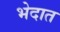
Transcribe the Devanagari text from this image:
भेदात